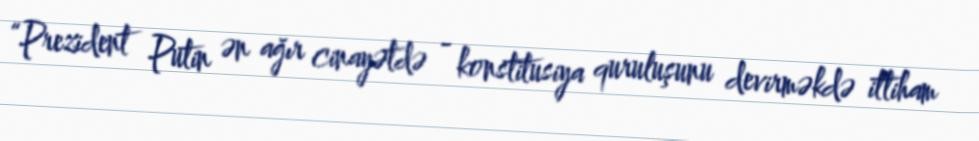
“Prezident Putin ən ağır cinayətdə - konstitusiya quruluşunu devirməkdə ittiham